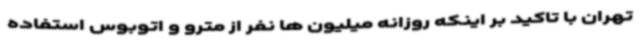
تهران با تاکید بر اینکه روزانه میلیون ها نفر از مترو و اتوبوس استفاده